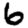
Digit: 6